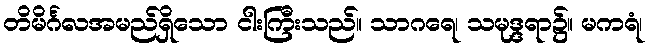
တိမိင်္ဂလအမည်ရှိသော ငါးကြီးသည်။ သာဂရေ၊ သမုဒ္ဒရာ၌။ မကရံ၊